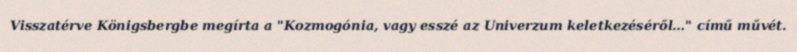
Visszatérve Königsbergbe megírta a "Kozmogónia, vagy esszé az Univerzum keletkezéséről…" című művét.